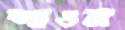
শাওম